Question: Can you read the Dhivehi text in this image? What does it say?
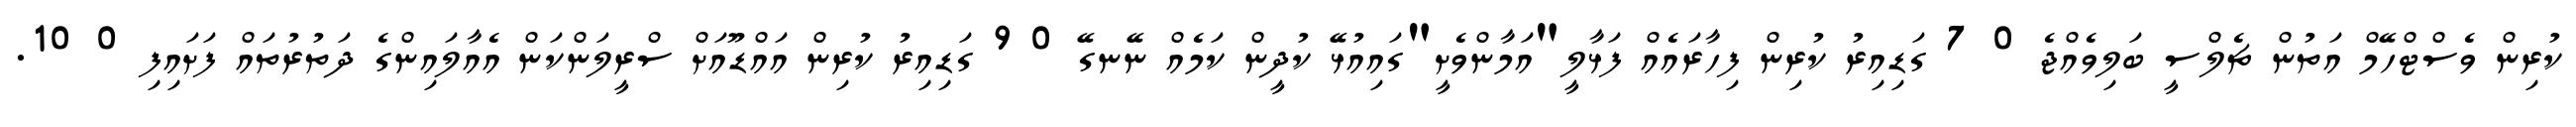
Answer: ކުރިން ވެސްޓްހޭމް އަތުން ޗެލްސީ ބަލިވެއްޖެ 0 7 ގަޑިއިރު ކުރިން ފިހާރައެއް ފަޅާލީ"އަމާންވެށީ"ގައިއުޅޭ ކުދީން ކަމެއް ނޭނގޭ 0 9 ގަޑިއިރު ކުރިން އައްޑޫއަށް ސްރީލަންކަން އެއާލައިންގެ ދަތުރުތައް ފަށައިފި 0 10.